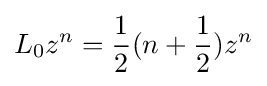
L_{0}z^{n}={1 \over 2}(n+{1 \over 2})z^{n}